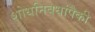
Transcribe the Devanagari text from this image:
शोधनिबधांपैकी